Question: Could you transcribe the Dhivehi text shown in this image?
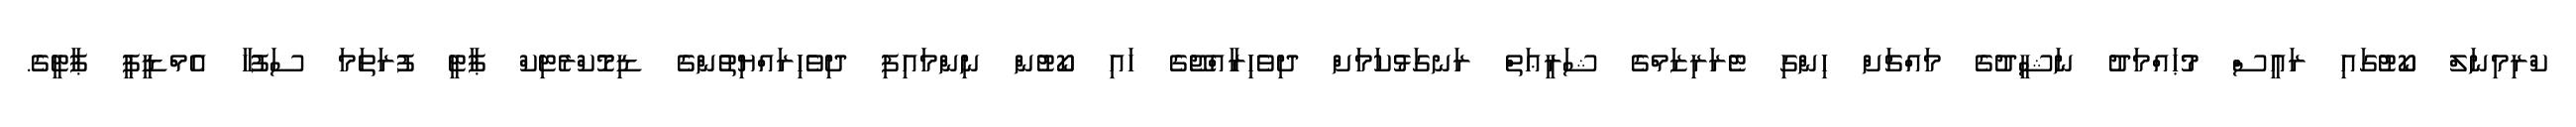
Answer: ކްރިމިނަލް ކޯޓުގައި ރައީސް މުޙައްމަދު ނަޝީދުގެ މައްޗަށް ހިންގި ޓެރަރިޒަމްގެ ޝަރީޢަތް ރަނގަޅުކަމަށް ދިވެހިރާއްޖޭގެ ހައި ކޯޓުން ނިންމައިފި ދިވެހިރައްޔިތުންގެ ޑިމޮކްރެޓިކް ޕާޓީ ފުރަތަމަ ސަފުހާ އެމްޑީޕީ ޕާޓީގެ.